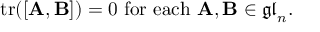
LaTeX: \operatorname { t r } ( [ \mathbf { A } , \mathbf { B } ] ) = 0 { \mathrm { ~ f o r ~ e a c h ~ } } \mathbf { A } , \mathbf { B } \in { \mathfrak { g l } } _ { n } .